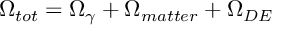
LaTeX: \Omega _ { t o t } = \Omega _ { \gamma } + \Omega _ { m a t t e r } + \Omega _ { D E }